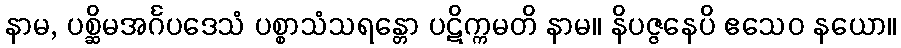
နာမ, ပစ္ဆိမအင်္ဂပဒေသံ ပစ္စာသံသရန္တော ပဋိက္ကမတိ နာမ။ နိပဇ္ဇနေပိ ဧသေဝ နယော။